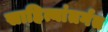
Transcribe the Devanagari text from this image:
साहित्यांतर्गत